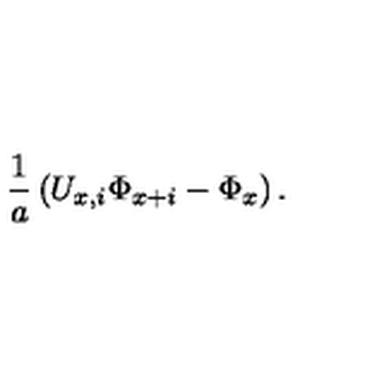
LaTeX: { \frac { 1 } { a } } \left( U _ { x , i } \Phi _ { x + i } - \Phi _ { x } \right) .